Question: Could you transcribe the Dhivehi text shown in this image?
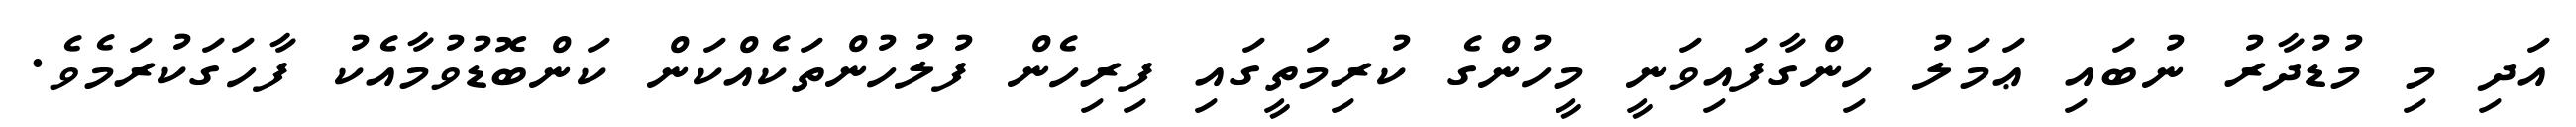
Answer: އަދި މި މުޑުދާރު ނުބައި ޢަމަލު ހިންގާފައިވަނީ މީހުންގެ ކުރިމަތީގައި ފިރިހެން ފުލުހުންތަކެއްކަން ކަންބޮޑުވުމާއެކު ފާހަގަކުރަމެވެ.